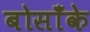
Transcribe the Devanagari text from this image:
बोसाँके